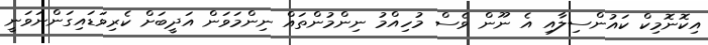
އިކޮނޮމިކް ކައުންސިލާއި އެ ނޫން ވެސް މުހިއްމު ނިންމުންތައް ނިންމަވަން އަދީބަށް ކެރިވަޑައިގަންނަަވަނީ